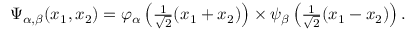
\begin{array} { r } { \Psi _ { \alpha , \beta } ( x _ { 1 } , x _ { 2 } ) = \varphi _ { \alpha } \left( \frac { 1 } { \sqrt { 2 } } ( x _ { 1 } + x _ { 2 } ) \right) \times \psi _ { \beta } \left( \frac { 1 } { \sqrt { 2 } } ( x _ { 1 } - x _ { 2 } ) \right) . } \end{array}